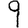
Digit: 9